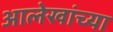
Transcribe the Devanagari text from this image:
आलेखांच्या